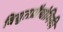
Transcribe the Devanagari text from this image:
विद्युतप्रौद्योगिकी